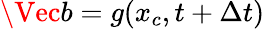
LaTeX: \Vec{b}=g(x_{c},t+\Delta t)